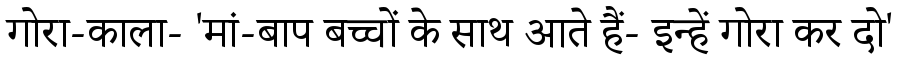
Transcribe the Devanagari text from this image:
गोरा-काला- 'मां-बाप बच्चों के साथ आते हैं- इन्हें गोरा कर दो'